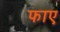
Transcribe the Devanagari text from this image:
फाए